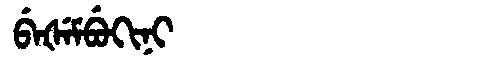
Manchu: ᠪᡝᡧᡝᠮᠪᡠᡴᡳᠨᡳ
Romanization: BEŠEMBUKINI